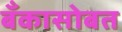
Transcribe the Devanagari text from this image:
बँकासोबत